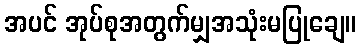
အပင် အုပ်စုအတွက်မျှအသုံးမပြုချေ။